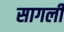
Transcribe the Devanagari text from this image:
सागली